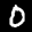
Label: 0